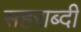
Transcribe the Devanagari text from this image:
सहराब्दी